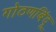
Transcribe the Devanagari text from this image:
गोठणबिंदू